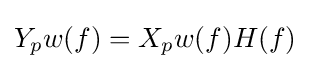
Y_{p}w(f)=X_{p}w(f)H(f)